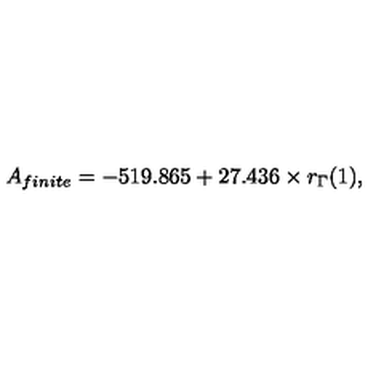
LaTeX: A _ { f i n i t e } = - 5 1 9 . 8 6 5 + 2 7 . 4 3 6 \times r _ { \Gamma } ( 1 ) ,